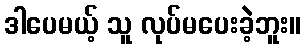
ဒါပေမယ့် သူ လုပ်မပေးခဲ့ဘူး။